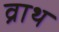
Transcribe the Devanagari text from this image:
व्राथ